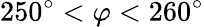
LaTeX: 250^{\circ}<\varphi<260^{\circ}